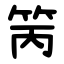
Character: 䇤